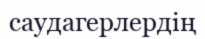
саудагерлердің